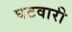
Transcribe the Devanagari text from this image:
घटवारी